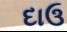
દાઉ